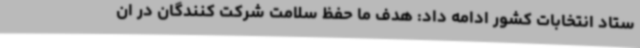
ستاد انتخابات کشور ادامه داد: هدف ما حفظ سلامت شرکت کنندگان در ان